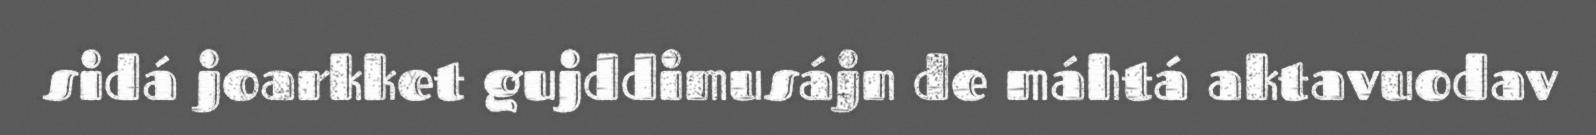
sidá joarkket gujddimusájn de máhtá aktavuodav